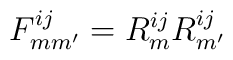
F^{ij}_{mm'} = R^{ij}_m R^{ij}_{m'}